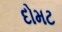
દોમટ